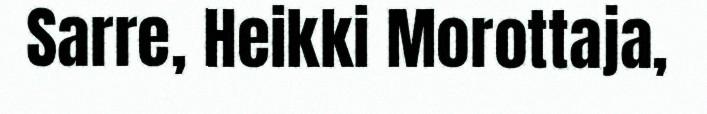
Sarre, Heikki Morottaja,